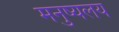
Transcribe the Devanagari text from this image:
मनुष्यलय